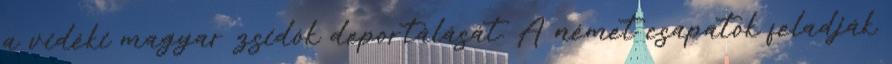
a vidéki magyar zsidók deportálását. A német csapatok feladják